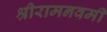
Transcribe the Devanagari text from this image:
श्रीरामनवमी